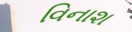
વિનાશ